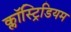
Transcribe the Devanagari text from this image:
क्लॉस्ट्रिडियम